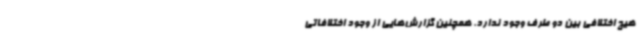
هیج اختلافی بین دو طرف وجود ندارد. همچنین گزارش‌هایی از وجود اختلافاتی